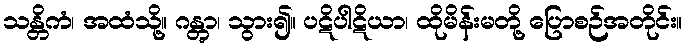
သန္တိကံ၊ အထံသို့။ ဂန္တွာ၊ သွား၍။ ပဋိပါဋိယာ၊ ထိုမိန်းမတို့ ပြောစဉ်အတိုင်း။